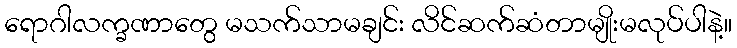
ရောဂါလက္ခဏာတွေ မသက်သာမချင်း လိင်ဆက်ဆံတာမျိုးမလုပ်ပါနဲ့။